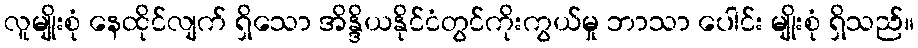
လူမျိုးစုံ နေထိုင်လျက် ရှိသော အိန္ဒိယနိုင်ငံတွင်ကိုးကွယ်မှု ဘာသာ ပေါင်း မျိုးစုံ ရှိသည်။